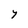
Character: Y